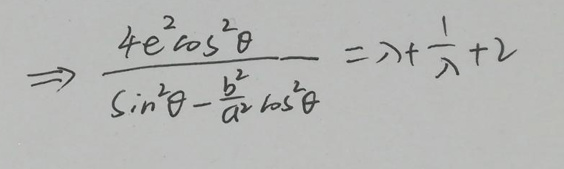
\[
\Rightarrow \frac{4e^{2}\cos^{2}\theta}{\sin^{2}\theta - \frac{b^{2}}{a^{2}}\cos^{2}\theta} = \lambda+\frac{1}{\lambda}+2
\]